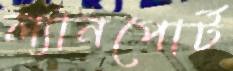
ল্যানপোর্ট